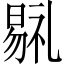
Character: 𣉷